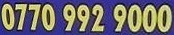
0770 992 9000